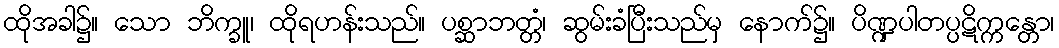
ထိုအခါ၌။ သော ဘိက္ခူ၊ ထိုရဟန်းသည်။ ပစ္ဆာဘတ္တံ၊ ဆွမ်းခံပြီးသည်မှ နောက်၌။ ပိဏ္ဍပါတပ္ပဋိက္ကန္တော၊